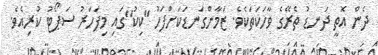
ދެން އޮތީ ދަނޑު ތެރޭގެ ވާހަކަތަކެވެ. ޒަމާންގަނޑަކަށްފަހު "ކިކު"ގައި މިފަހަރު ސަޕޯޓު ކުރިއެވެ.